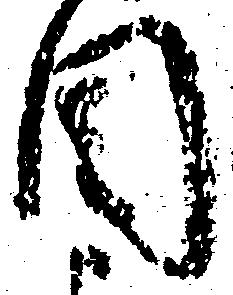
目